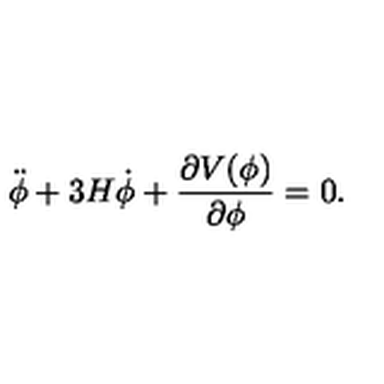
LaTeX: \ddot { \phi } + 3 H \dot { \phi } + { \frac { \partial V ( \phi ) } { \partial \phi } } = 0 .